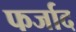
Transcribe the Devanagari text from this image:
फर्जाद